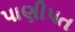
પાણીપત